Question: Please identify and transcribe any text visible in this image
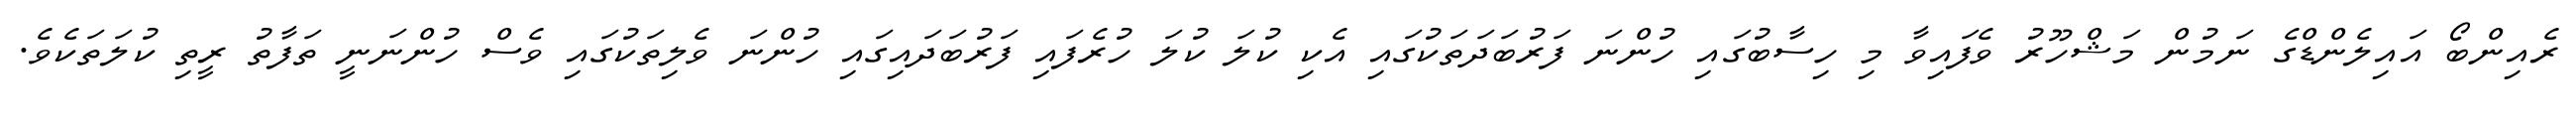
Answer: ރެއިންބޯ އައިލެންޑްގެ ނަމުން މަޝްހޫރު ވެފައިވާ މި ހިސާބުގައި ހުންނަ ފަރުބަދަތަކުގައި އެކި ކުލަ ކުލަ ހުރެފައި ފަރުބަދައިގައި ހުންނަ ވެލިތަކުގައި ވެސް ހުންނަނީ ތަފާތު ރީތި ކުލަތަކެވެ.